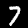
Label: 7